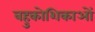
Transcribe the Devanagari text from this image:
बहुकोशिकाओं